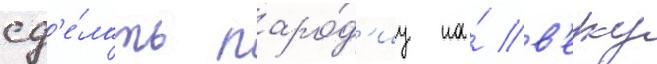
сд'е́лать паро́д'иу на́ в'ерку